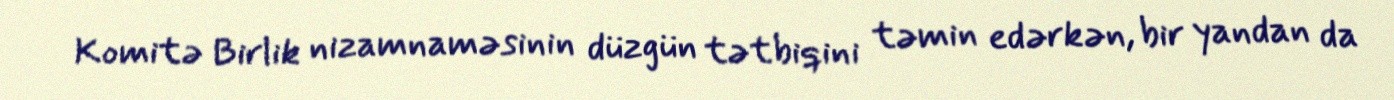
Komitə Birlik nizamnaməsinin düzgün tətbiqini təmin edərkən, bir yandan da